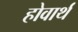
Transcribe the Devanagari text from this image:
होवार्थ